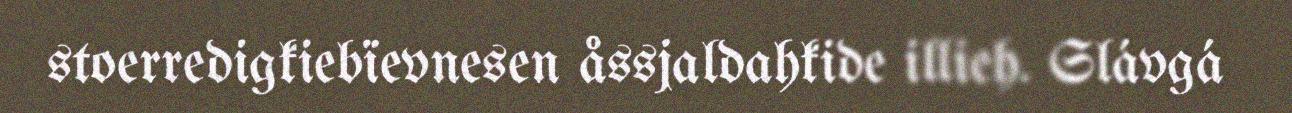
stoerredigkiebïevnesen åssjaldahkide illieh. Slávgá